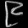
Digit: ၉